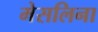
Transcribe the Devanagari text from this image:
मेसलिना